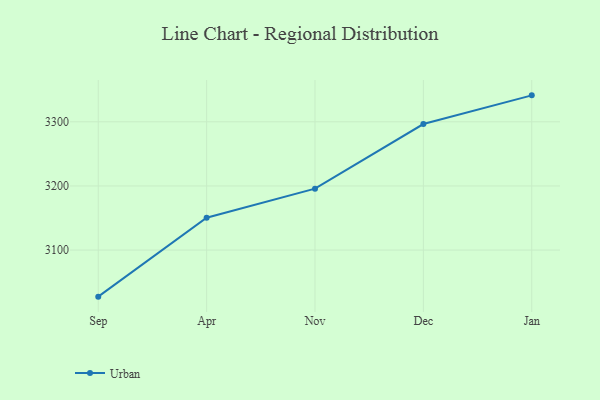
{"axis": {"x": "Month", "y": "Website Visitors"}, "legend": ["Urban"], "data": [{"x": "Sep", "y": 3027.4, "type": "Urban"}, {"x": "Apr", "y": 3150.4, "type": "Urban"}, {"x": "Nov", "y": 3195.7, "type": "Urban"}, {"x": "Dec", "y": 3296.5, "type": "Urban"}, {"x": "Jan", "y": 3341.2, "type": "Urban"}]}